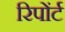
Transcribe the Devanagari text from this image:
रिपोंर्ट